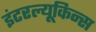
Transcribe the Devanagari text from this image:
इंटरल्यूकिन्स